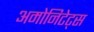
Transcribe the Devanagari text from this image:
अमोनिटेट्स